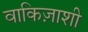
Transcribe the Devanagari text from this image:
वाकिज़ाशी